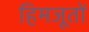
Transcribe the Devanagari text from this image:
हिमजूतों